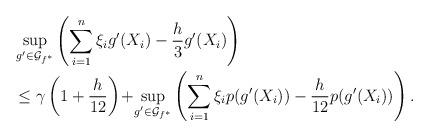
LaTeX: \begin{align*}&\sup\limits_{g' \in\mathcal{G}_{f^{*}}}\left(\sum\limits_{i = 1}^{n}\xi_{i}g'(X_{i}) - \frac{h}{3}g'(X_i)\right) \\&\le \gamma\left(1 + \frac{h}{12}\right)\!+\!\sup\limits_{g' \in\mathcal{G}_{f^{*}}}\left(\sum\limits_{i = 1}^{n}\xi_{i}p(g'(X_{i})) - \frac{h}{12}p(g'(X_i))\right). \end{align*}